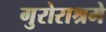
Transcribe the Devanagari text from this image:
गुरोराश्रमे